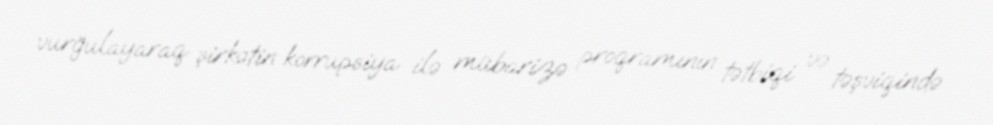
vurğulayaraq şirkətin korrupsiya ilə mübarizə proqramının tətbiqi və təşviqində